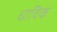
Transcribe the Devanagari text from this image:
धाविक